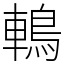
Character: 鿂